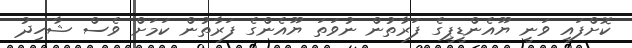
ކޮށްފައި ވަނީ ޔޫއެންޑީޕީގެ ފަރާތުން ނުވަތަ ޔޫއެންގެ ފަރާތުން ކަމަށް ވެސް ޝާހިދު